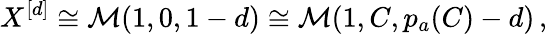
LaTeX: X^{[d]}\cong\mathcal{M}(1,0,1-d)\cong\mathcal{M}(1,C,p_{a}(C)-d)\, ,